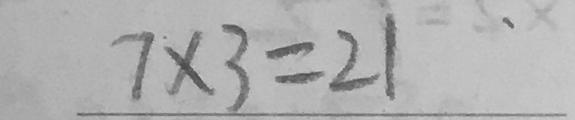
7 \times 3 = 2 1